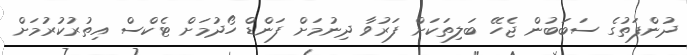
ދުންފަތުގެ ސަބަބުން ޖެހޭ ބަލިތަކަށް ފަރުވާ ދިނުމަށް ފަންޑް ހޯދުމަށް ޓެކްސް އިތުރުކުރުމަށް